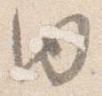
内